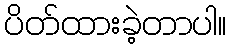
ပိတ်ထားခဲ့တာပါ။